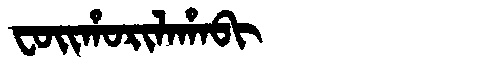
Manchu: ᠸᠣᡳᡥᠣᡵᡳᠯᠠᡥᠠᠪᡳ
Romanization: FOIHORILAHABI